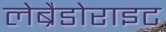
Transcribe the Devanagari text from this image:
लेब्रैडोराइट